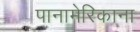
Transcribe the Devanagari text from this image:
पानामेरिकाना